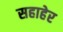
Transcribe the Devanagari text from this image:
सहाहेर